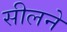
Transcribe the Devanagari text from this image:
सीलने